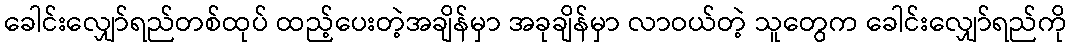
ခေါင်းလျှော်ရည်တစ်ထုပ် ထည့်ပေးတဲ့အချိန်မှာ အခုချိန်မှာ လာဝယ်တဲ့ သူတွေက ခေါင်းလျှော်ရည်ကို